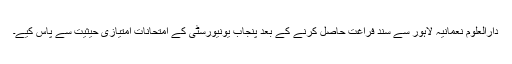
دارالعلوم نعمانیہ لاہور سے سندِ فراغت حاصل کرنے کے بعد پنجاب یونیورسٹی کے امتحانات امتیازی حیثیت سے پاس کیے۔